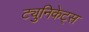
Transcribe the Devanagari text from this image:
ट्युनिकेट्स